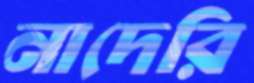
নাদেরি